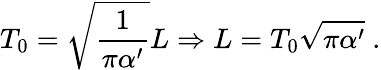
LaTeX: T_{0}=\sqrt{\frac{1}{\pi\alpha^{\prime}}}L\Rightarrow L=T_{0}\sqrt{\pi\alpha^{\prime}}\ .